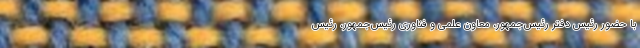
با حضور رئیس دفتر رئیس‌جمهور، معاون علمی و فناوری رئیس‌جمهور، رئیس